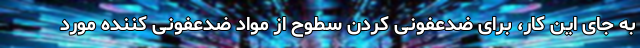
به جای این کار، برای ضدعفونی کردن سطوح از مواد ضدعفونی کننده مورد